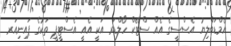
އެމްޑަބްލިޔު އެސްސީގެ އެއް ސްޓޭކް ހޯލްޑަރ އަކީ އެއީ އެސްޓީޕީ ތަކުގެ ޕައިނިއަރ